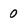
Character: 0